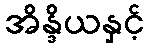
အိန္ဒိယနှင့်